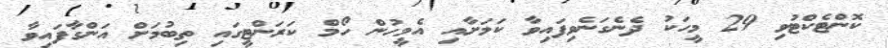
ކޮންޓެކްޓުވި 29 މީހަކު ދެނެގަނެވިފައިވާ ކަމަށާއި އެމީހުން ހޯމް ކަރަންޓީގައި ތިބުމަށް އަންގާފައިވާ